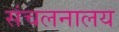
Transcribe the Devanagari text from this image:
संचलनालय